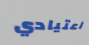
اعتيادي